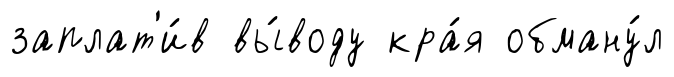
заплат'и́в вы́воду кра́я обману́л